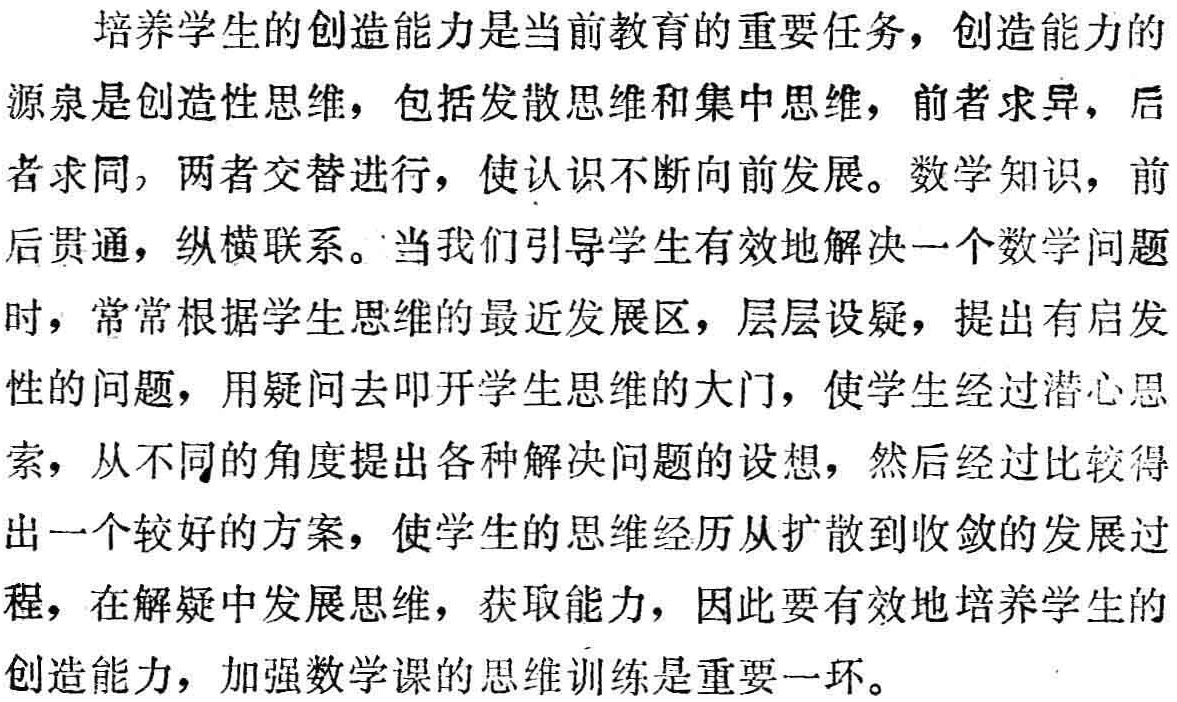
培养学生的创造能力是当前教育的重要任务，创造能力的

源泉是创造性思维，包括发散思维和集中思维，前者求异，后

者求同，两者交替进行，使认识不断向前发展。数学知识，前

后贯通，纵横联系。当我们引导学生有效地解决一个数学问题

时，常常根据学生思维的最近发展区，层层设疑，提出有启发

性的问题，用疑问去叩开学生思维的大门，使学生经过潜心思

索，从不同的角度提出各种解决问题的设想，然后经过比较得

出一个较好的方案，使学生的思维经历从扩散到收敛的发展过

程，在解疑中发展思维，获取能力，因此要有效地培养学生的

创造能力，加强数学课的思维训练是重要一环。